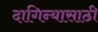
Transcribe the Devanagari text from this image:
दागिन्यासाठी